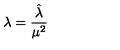
\lambda = { \frac { \hat { \lambda } } { \mu ^ { 2 } } }